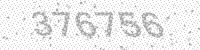
Solution: 376756